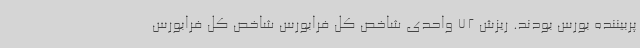
پربیننده بورس بودند. ریزش 72 واحدی شاخص کل فرابورس شاخص کل فرابورس